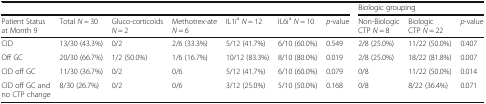
<table><thead><tr><td colspan="7"></td><td colspan="3"><b>Biologic grouping </b></td></tr><tr><td><b>Patient Status at Month 9</b></td><td><b>Total <i>N</i> = 30</b></td><td><b>Gluco-corticoids <i>N</i> = 2</b></td><td><b>Methotrex-ate <i>N</i> = 6</b></td><td><b>IL1i<sup>a</sup><i>N</i> = 12</b></td><td><b>IL6i<sup>a</sup><i>N</i> = 10</b></td><td><b><i>p</i>-value</b></td><td><b>Non-Biologic CTP <i>N</i> = 8</b></td><td><b>Biologic CTP <i>N</i> = 22</b></td><td><b><i>p</i>-value</b></td></tr></thead><tbody><tr><td>CID</td><td>13/30 (43.3%)</td><td>0/2</td><td>2/6 (33.3%)</td><td>5/12 (41.7%)</td><td>6/10 (60.0%)</td><td>0.549</td><td>2/8 (25.0%)</td><td>11/22 (50.0%)</td><td>0.407</td></tr><tr><td>Off GC</td><td>20/30 (66.7%)</td><td>1/2 (50.0%)</td><td>1/6 (16.7%)</td><td>10/12 (83.3%)</td><td>8/10 (80.0%)</td><td>0.019</td><td>2/8 (25.0%)</td><td>18/22 (81.8%)</td><td>0.007</td></tr><tr><td>CID off GC</td><td>11/30 (36.7%)</td><td>0/2</td><td>0/6</td><td>5/12 (41.7%)</td><td>6/10 (60.0%)</td><td>0.079</td><td>0/8</td><td>11/22 (50.0%)</td><td>0.014</td></tr><tr><td>CID off GC and no CTP change</td><td>8/30 (26.7%)</td><td>0/2</td><td>0/6</td><td>3/12 (25.0%)</td><td>5/10 (50.0%)</td><td>0.168</td><td>0/8</td><td>8/22 (36.4%)</td><td>0.071</td></tr></tbody></table>